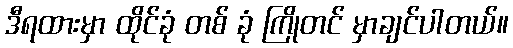
ဒီရထားမှာ ထိုင်ခုံ တစ် ခုံ ကြိုတင် မှာချင်ပါတယ်။